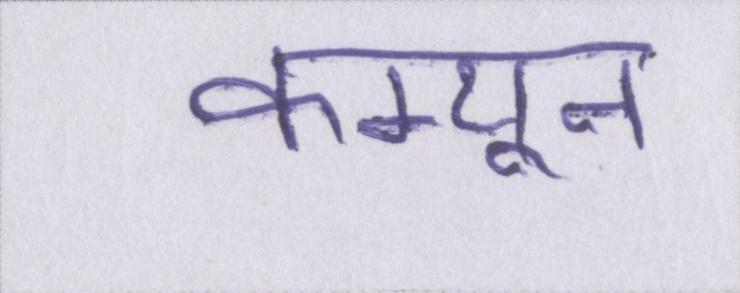
कम्यून